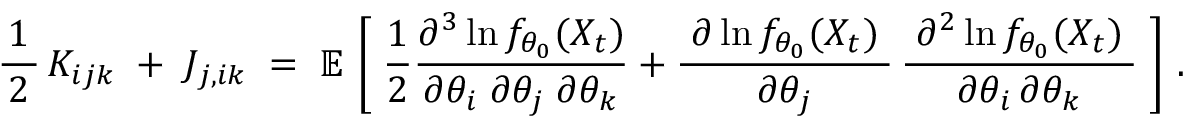
{ \frac { 1 } { \, 2 \, } } \, K _ { i j k } \; + \; J _ { j , i k } \; = \; \operatorname { \mathbb { E } } \, { \biggl [ } \; { \frac { 1 } { 2 } } { \frac { \partial ^ { 3 } \ln f _ { \theta _ { 0 } } ( X _ { t } ) } { \partial \theta _ { i } \; \partial \theta _ { j } \; \partial \theta _ { k } } } + { \frac { \; \partial \ln f _ { \theta _ { 0 } } ( X _ { t } ) \; } { \partial \theta _ { j } } } \, { \frac { \; \partial ^ { 2 } \ln f _ { \theta _ { 0 } } ( X _ { t } ) \; } { \partial \theta _ { i } \, \partial \theta _ { k } } } \; { \biggr ] } ~ .